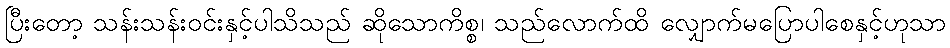
ပြီးတော့ သန်းသန်းဝင်းနှင့်ပါသိသည် ဆိုသောကိစ္စ၊ သည်လောက်ထိ လျှောက်မပြောပါစေနှင့်ဟုသာ